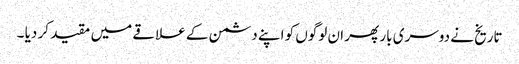
تاریخ نے دوسری بار پھر ان لوگوں کو اپنے دشمن کے علاقے میں مقید کر دیا ۔